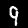
Label: 9